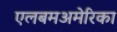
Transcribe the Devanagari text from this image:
एलबमअमेरिका